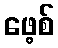
ဖေ့စ်